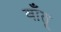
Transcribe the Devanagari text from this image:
बाँतू